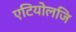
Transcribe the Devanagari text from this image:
एटियोलजि